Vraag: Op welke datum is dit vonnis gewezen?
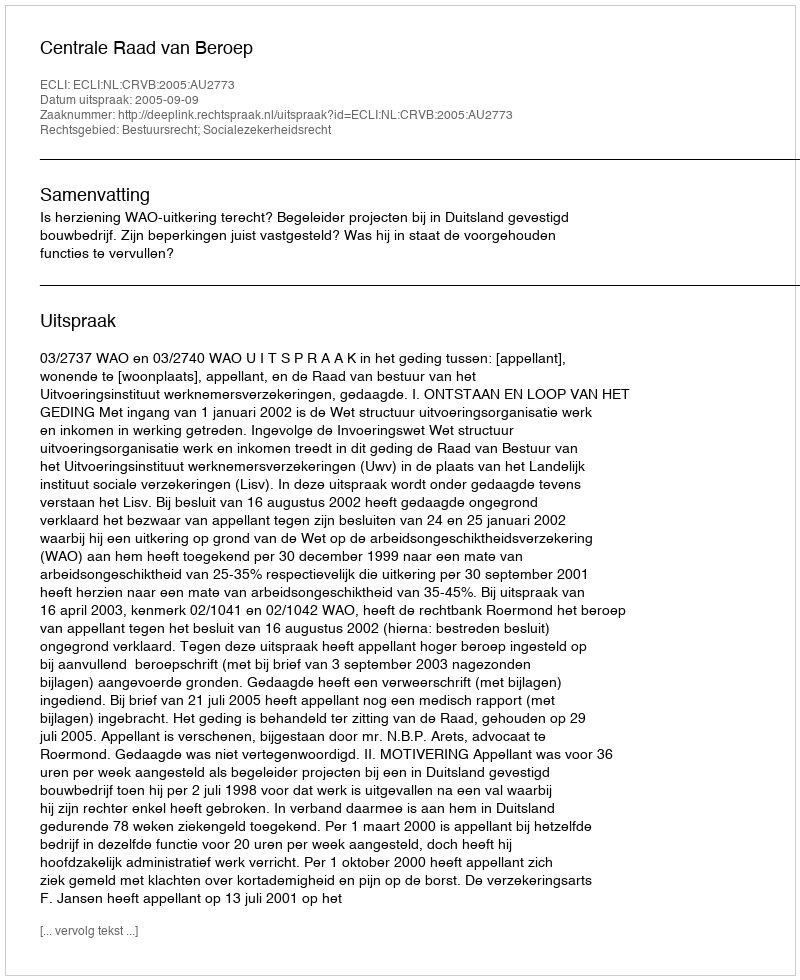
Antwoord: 2005-09-09